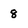
Character: 8